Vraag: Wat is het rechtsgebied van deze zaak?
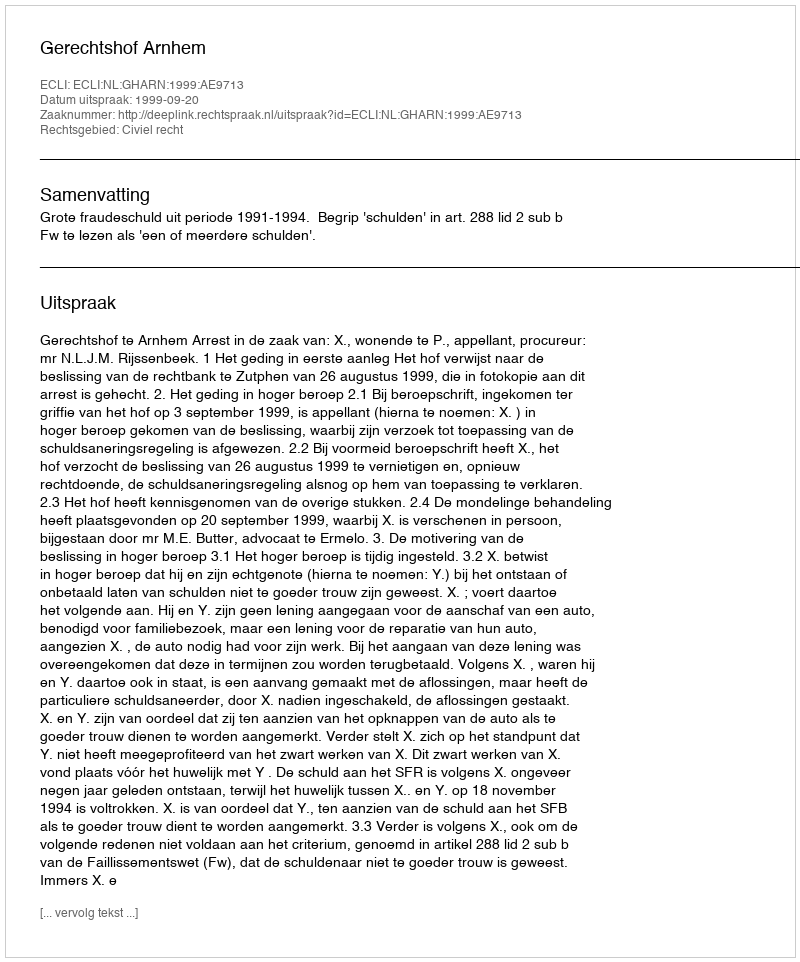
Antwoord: Civiel recht